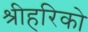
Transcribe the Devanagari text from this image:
श्रीहरिको